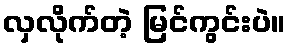
လှလိုက်တဲ့ မြင်ကွင်းပဲ။